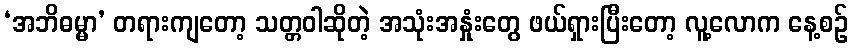
‘အဘိဓမ္မာ’ တရားကျတော့ သတ္တဝါဆိုတဲ့ အသုံးအနှုံးတွေ ဖယ်ရှားပြီးတော့ လူ့လောက နေ့စဉ်